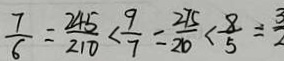
\frac { 7 } { 6 } = \frac { 2 4 5 } { 2 1 0 } < \frac { 9 } { 7 } = \frac { 2 7 5 } { 2 0 } < \frac { 8 } { 5 } = \frac { 3 } { 2 }